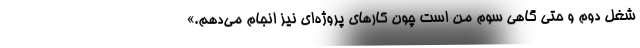
شغل دوم و حتی گاهی سوم من است چون کارهای پروژه‌ای نیز انجام می‌دهم.»